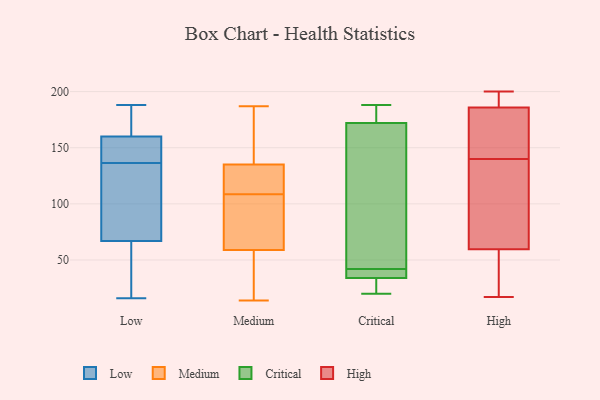
{"axis": {"x": "Population (Million)", "y": "Value"}, "legend": ["Critical", "High", "Low", "Medium"], "data": [{"x": "", "y": 40, "type": "Low"}, {"x": "", "y": 188, "type": "Low"}, {"x": "", "y": 160, "type": "Low"}, {"x": "", "y": 149, "type": "Low"}, {"x": "", "y": 162, "type": "Low"}, {"x": "", "y": 144, "type": "Low"}, {"x": "", "y": 131, "type": "Low"}, {"x": "", "y": 16, "type": "Low"}, {"x": "", "y": 34, "type": "Low"}, {"x": "", "y": 75, "type": "Low"}, {"x": "", "y": 67, "type": "Low"}, {"x": "", "y": 172, "type": "Low"}, {"x": "", "y": 80, "type": "Low"}, {"x": "", "y": 142, "type": "Low"}, {"x": "", "y": 62, "type": "Medium"}, {"x": "", "y": 60, "type": "Medium"}, {"x": "", "y": 169, "type": "Medium"}, {"x": "", "y": 14, "type": "Medium"}, {"x": "", "y": 86, "type": "Medium"}, {"x": "", "y": 187, "type": "Medium"}, {"x": "", "y": 58, "type": "Medium"}, {"x": "", "y": 125, "type": "Medium"}, {"x": "", "y": 185, "type": "Medium"}, {"x": "", "y": 40, "type": "Medium"}, {"x": "", "y": 133, "type": "Medium"}, {"x": "", "y": 167, "type": "Medium"}, {"x": "", "y": 34, "type": "Medium"}, {"x": "", "y": 122, "type": "Medium"}, {"x": "", "y": 84, "type": "Medium"}, {"x": "", "y": 135, "type": "Medium"}, {"x": "", "y": 103, "type": "Medium"}, {"x": "", "y": 114, "type": "Medium"}, {"x": "", "y": 42, "type": "Medium"}, {"x": "", "y": 135, "type": "Medium"}, {"x": "", "y": 20, "type": "Critical"}, {"x": "", "y": 34, "type": "Critical"}, {"x": "", "y": 41, "type": "Critical"}, {"x": "", "y": 184, "type": "Critical"}, {"x": "", "y": 188, "type": "Critical"}, {"x": "", "y": 43, "type": "Critical"}, {"x": "", "y": 36, "type": "Critical"}, {"x": "", "y": 56, "type": "Critical"}, {"x": "", "y": 172, "type": "Critical"}, {"x": "", "y": 23, "type": "Critical"}, {"x": "", "y": 37, "type": "High"}, {"x": "", "y": 17, "type": "High"}, {"x": "", "y": 200, "type": "High"}, {"x": "", "y": 188, "type": "High"}, {"x": "", "y": 140, "type": "High"}, {"x": "", "y": 139, "type": "High"}, {"x": "", "y": 174, "type": "High"}, {"x": "", "y": 188, "type": "High"}, {"x": "", "y": 26, "type": "High"}, {"x": "", "y": 163, "type": "High"}, {"x": "", "y": 113, "type": "High"}, {"x": "", "y": 185, "type": "High"}, {"x": "", "y": 67, "type": "High"}]}